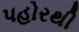
પહોરથી